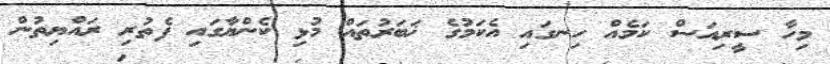
މިހާ ސީރިއަސް ކަމެއް ހިނގައި އެކަމުގެ ޚަބަރުތައް މުޅި ކެންޔާގައި ފެތުރި ރައްޔިތުން